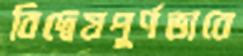
বিদ্বেষপূর্ণভাবে